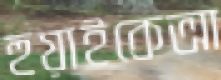
হুয়াইকেআ